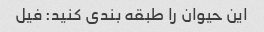
این حیوان را طبقه بندی کنید: فیل